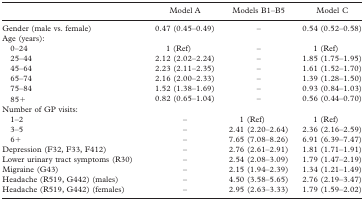
<table><thead><tr><td></td><td><b>Model A</b></td><td><b>Models B1–B5</b></td><td><b>Model C</b></td></tr></thead><tbody><tr><td>Gender (male vs. female)</td><td>0.47 (0.45–0.49)</td><td>–</td><td>0.54 (0.52–0.58)</td></tr><tr><td>Age (years):</td><td></td><td></td><td></td></tr><tr><td>0–24</td><td>1 (Ref)</td><td>–</td><td>1 (Ref)</td></tr><tr><td>25–44</td><td>2.12 (2.02–2.24)</td><td>–</td><td>1.85 (1.75–1.95)</td></tr><tr><td>45–64</td><td>2.23 (2.11–2.35)</td><td>–</td><td>1.61 (1.52–1.70)</td></tr><tr><td>65–74</td><td>2.16 (2.00–2.33)</td><td>–</td><td>1.39 (1.28–1.50)</td></tr><tr><td>75–84</td><td>1.52 (1.38–1.69)</td><td>–</td><td>0.93 (0.84–1.03)</td></tr><tr><td>85+</td><td>0.82 (0.65–1.04)</td><td>–</td><td>0.56 (0.44–0.70)</td></tr><tr><td>Number of GP visits:</td><td></td><td></td><td></td></tr><tr><td>1–2</td><td>–</td><td>1 (Ref)</td><td>1 (Ref)</td></tr><tr><td>3–5</td><td>–</td><td>2.41 (2.20–2.64)</td><td>2.36 (2.16–2.59)</td></tr><tr><td>6+</td><td>–</td><td>7.65 (7.08–8.26)</td><td>6.91 (6.39–7.47)</td></tr><tr><td>Depression (F32, F33, F412)</td><td>–</td><td>2.76 (2.61–2.91)</td><td>1.81 (1.71–1.91)</td></tr><tr><td>Lower urinary tract symptoms (R30)</td><td>–</td><td>2.54 (2.08–3.09)</td><td>1.79 (1.47–2.19)</td></tr><tr><td>Migraine (G43)</td><td>–</td><td>2.15 (1.94–2.39)</td><td>1.34 (1.21–1.49)</td></tr><tr><td>Headache (R519, G442) (males)</td><td>–</td><td>4.50 (3.58–5.65)</td><td>2.76 (2.19–3.47)</td></tr><tr><td>Headache (R519, G442) (females)</td><td>–</td><td>2.95 (2.63–3.33)</td><td>1.79 (1.59–2.02)</td></tr></tbody></table>